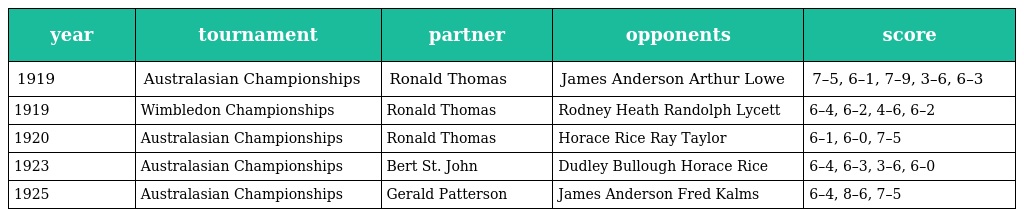
| year | tournament | partner | opponents | score |
 | --- | --- | --- | --- | --- |
 | 1919 | Australasian Championships | Ronald Thomas | James Anderson Arthur Lowe | 7–5, 6–1, 7–9, 3–6, 6–3 |
 | 1919 | Wimbledon Championships | Ronald Thomas | Rodney Heath Randolph Lycett | 6–4, 6–2, 4–6, 6–2 |
 | 1920 | Australasian Championships | Ronald Thomas | Horace Rice Ray Taylor | 6–1, 6–0, 7–5 |
 | 1923 | Australasian Championships | Bert St. John | Dudley Bullough Horace Rice | 6–4, 6–3, 3–6, 6–0 |
 | 1925 | Australasian Championships | Gerald Patterson | James Anderson Fred Kalms | 6–4, 8–6, 7–5 |